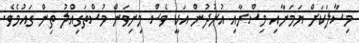
މިސާލަކަށް ޔަމަނާއި މިސްރާއި އުރުދުން އަކީ ވެސް މިނިވަން މުސްތަގިއްލު ތިން ގައުމެވެ.